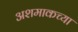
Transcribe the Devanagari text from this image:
अशमाकच्या